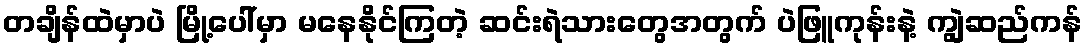
တချိန်ထဲမှာပဲ မြို့ပေါ်မှာ မနေနိုင်ကြတဲ့ ဆင်းရဲသားတွေအတွက် ပဲဖြူကုန်းနဲ့ ကျွဲဆည်ကန်